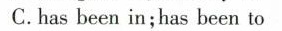
C.has been in;has been to